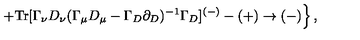
\left. + \mathrm { T r } [ \Gamma _ { \nu } D _ { \nu } ( \Gamma _ { \mu } D _ { \mu } - \Gamma _ { D } \partial _ { D } ) ^ { - 1 } \Gamma _ { D } ] ^ { ( - ) } - ( + ) \to ( - ) \right\} ,